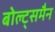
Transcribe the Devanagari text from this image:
बोल्ट्समैन